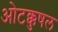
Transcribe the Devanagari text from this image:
ओटक्कुषल